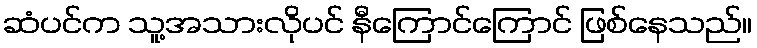
ဆံပင်က သူ့အသားလိုပင် နီကြောင်ကြောင် ဖြစ်နေသည်။